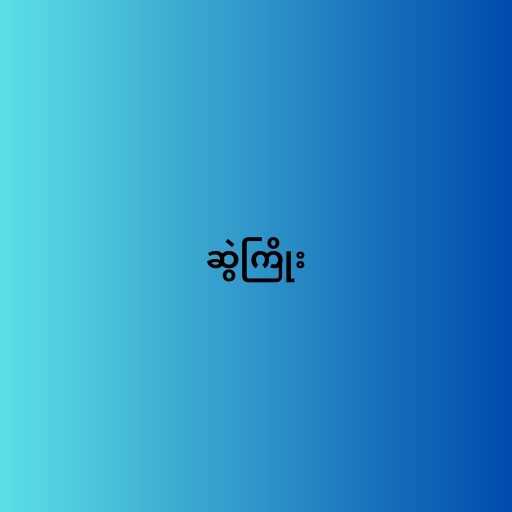
ဆွဲကြိုး